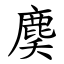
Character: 䴠